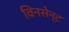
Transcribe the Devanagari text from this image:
विनसेन्ट